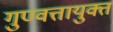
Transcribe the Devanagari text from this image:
गुण्वत्तायुक्त